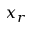
x _ { r }